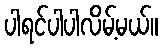
ပါရင်ပါပါလိမ့်မယ်။